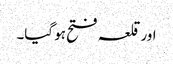
اور قلعہ فتح ہو گیا۔